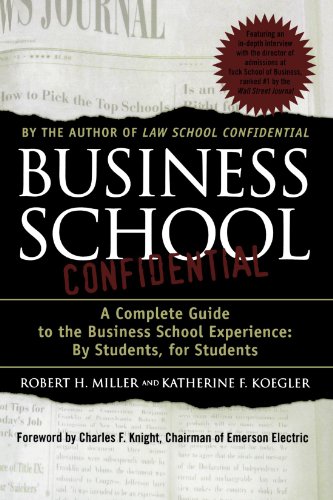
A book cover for Business School Confidential: A Complete Guide to the Business School Experience: By Students, for Students; Katherine F. Koegler; Education & Teaching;